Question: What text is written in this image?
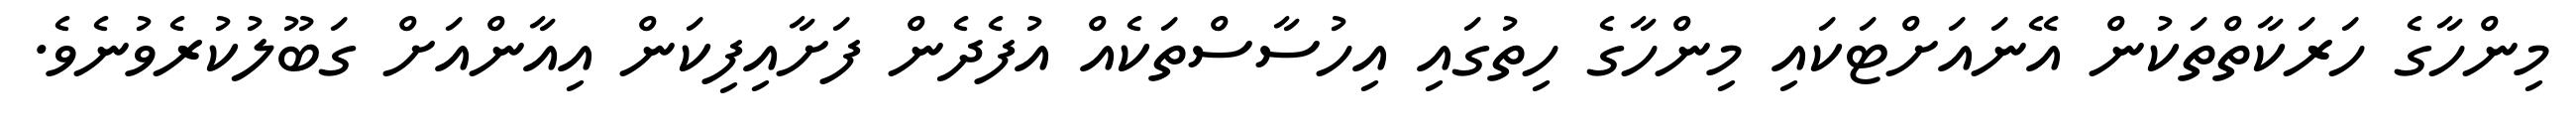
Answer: މިންހާގެ ހަރަކާތްތަކުން އޭނައަށްޓަކައި މިންހާގެ ހިތުގައި އިހުސާސްތަކެއް އުފެދެން ފަށާއިފިކަން އިއާންއަށް ގަބޫލުކުރެވުނެވެ.